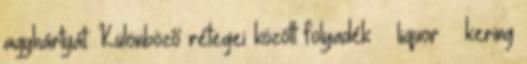
agyhártyát. Különböző rétegei között folyadék – liquor – kering